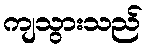
ကျသွားသည်